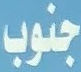
جنوب